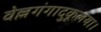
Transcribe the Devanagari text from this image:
वेल्लगंगादुकूलया।